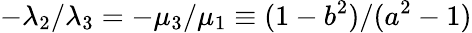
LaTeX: -\lambda_{2}/\lambda_{3}=-\mu_{3}/\mu_{1}\equiv(1-b^{2})/(a^{2}-1)